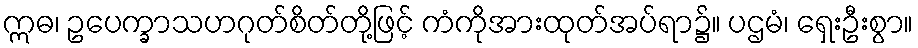
ဣဓ၊ ဥပေက္ခာသဟဂုတ်စိတ်တို့ဖြင့် ကံကိုအားထုတ်အပ်ရာ၌။ ပဌမံ၊ ရှေးဦးစွာ။